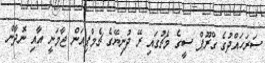
ސަރަހައްދުގެ ގްރޫޕް ސީގެ މެޗުގައި ރޭ ދުނިޔޭގެ ޗެމްޕިއަން ޖާމަނީ އާއި ނޮދާން